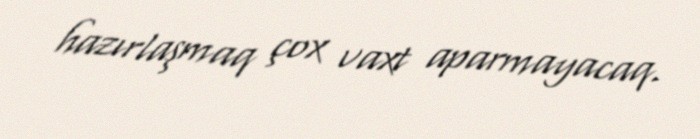
hazırlaşmaq çox vaxt aparmayacaq.